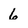
Character: 6